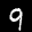
Label: 9